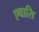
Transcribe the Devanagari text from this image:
एवासि